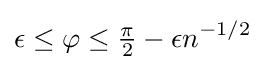
\epsilon \leq \varphi \leq {\tfrac {\pi }{2}}-\epsilon n^{-1/2}